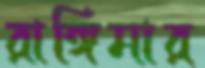
রাঙ্গিমার